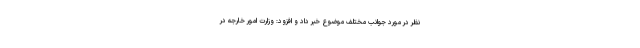
نظر در مورد جوانب مختلف موضوع خبر داد و افزود: وزارت امور خارجه در